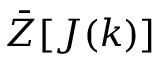
\bar { Z } [ J ( k ) ]